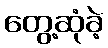
တွေ့ဆုံခဲ့